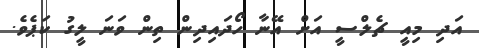
އަދި މިއީ ޗެލްސީ އަށް އޭނާ ހޯދައިދިން ތިން ވަނަ ލީގު ކަޕެވެ.